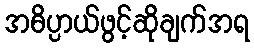
အဓိပ္ပာယ်ဖွင့်ဆိုချက်အရ